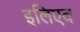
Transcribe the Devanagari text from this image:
इलिएव